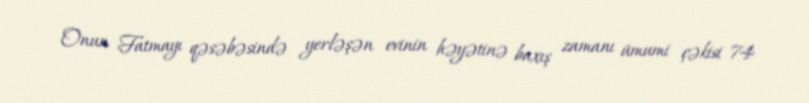
Onun Fatmayı qəsəbəsində yerləşən evinin həyətinə baxış zamanı ümumi çəkisi 74